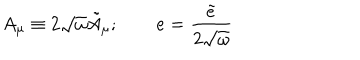
A _ { \mu } \equiv 2 \sqrt { \omega } \tilde { A } _ { \mu } ; \qquad e = \frac { \tilde { e } } { 2 \sqrt { \omega } }